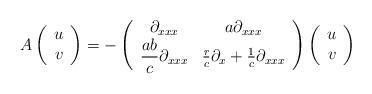
LaTeX: \begin{align*} \displaystyle A \left( \begin{array}{c} u \\ v\end{array}\right) = -\left(\begin{array}{cc}\displaystyle \partial_{xxx} & a\partial_{xxx} \\\displaystyle \frac{ab}{c}\partial_{xxx} &\frac{r}{c} \partial_{x} +\frac{1}{c} \partial_{xxx}\end{array}\right) \left(\begin{array}{c}u\\v\end{array}\right)\end{align*}